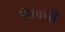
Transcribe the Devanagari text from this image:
९४०चा